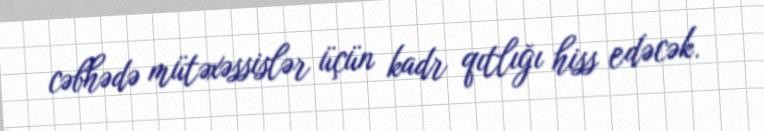
cəbhədə mütəxəssislər üçün kadr qıtlığı hiss edəcək.